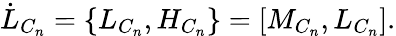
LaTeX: \dot{L}_{C_{n}}=\{ L_{C_{n}},H_{C_{n}}\} =\lbrack M_{C_{n}},L_{C_{n}}\rbrack.